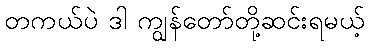
တကယ်ပဲ ဒါ ကျွန်တော်တို့ဆင်းရမယ့်